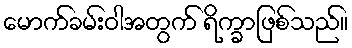
မောက်ခမ်းဝါအတွက် ရိက္ခာဖြစ်သည်။